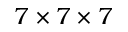
7 \times 7 \times 7